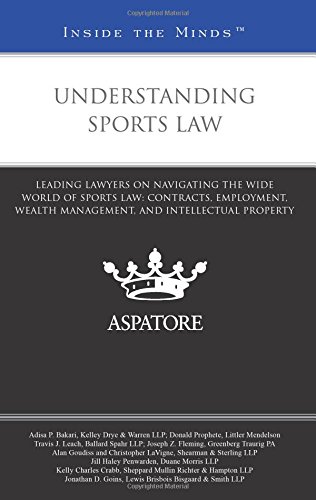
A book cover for Understanding Sports Law: Leading Lawyers on Navigating the Wide World of Sports Law: Contracts, Employment, Wealth Management, and Intellectual Property (Inside the Minds); Multiple Authors; Law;